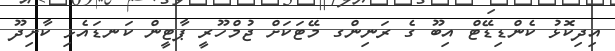
އިދިކޮޅު ކެންޑިޑޭޓް އިބޫ ގެ ރަނިންގ މޭޓަކަށް ޖުމްހޫރީ ޕާޓީން ކަނޑައެޅި ކާށިދޫ